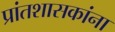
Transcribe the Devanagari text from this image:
प्रांतशासकांना